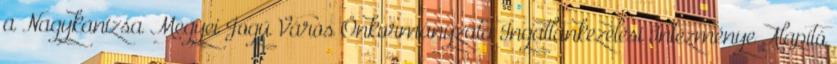
a Nagykanizsa Megyei Jogú Város Önkormányzata Ingatlankezelési Intézménye Alapító